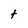
Character: t